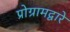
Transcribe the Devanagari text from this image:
प्रोग्रामद्वारे